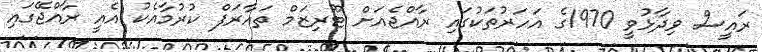
ރައީސް ވިދާޅުވީ 1970ގެ އަހަރުތަކުގައި ރާއްޖެއަށް ޓޫރިޒަމް ތައާރަފް ކުރުމާއެކު އެއީ ރާއްޖޭގައި